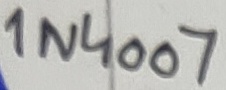
Text: 1N4007